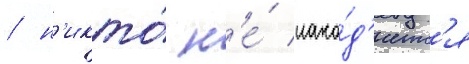
/ н'икто́ н'е́ нахо́д'итс'я